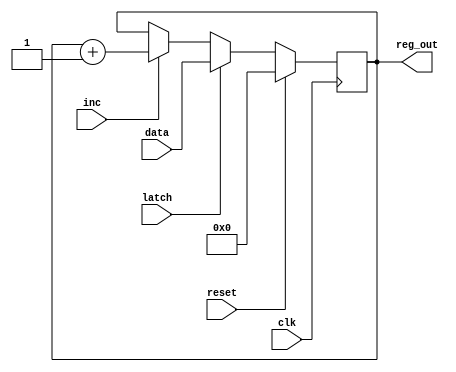
module register (
    input wire clk,
    input wire reset,
    input wire latch,
    input wire inc,
    input wire [7:0] data,
    output reg [7:0] reg_out
);
    always @(posedge clk) begin
        if (reset) begin
            reg_out <= 8'h00; // Reset to 0
        end else if (latch) begin
            reg_out <= data; // Load with data
        end else if (inc) begin
            reg_out <= reg_out + 1'b1; // Increment
        end
    end

endmodule